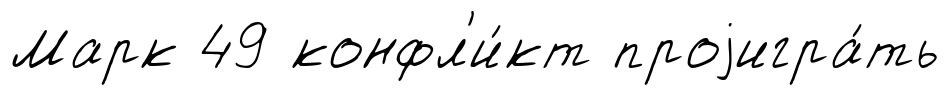
Марк 49 конфл'и́кт проjигра́ть